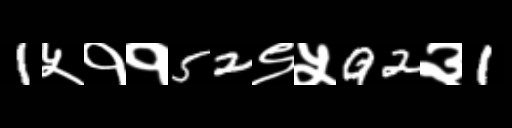
Text: 1५११52९५92३1